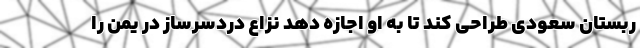
ربستان سعودی طراحی کند تا به او اجازه دهد نزاع دردسرساز در یمن را